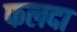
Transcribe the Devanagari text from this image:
फलदा